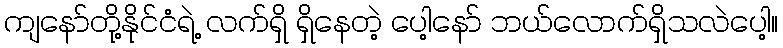
ကျနော်တို့နိုင်ငံရဲ့ လက်ရှိ ရှိနေတဲ့ ပေါ့နော် ဘယ်လောက်ရှိသလဲပေါ့။